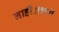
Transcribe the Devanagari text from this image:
नाहीं॥१९॥